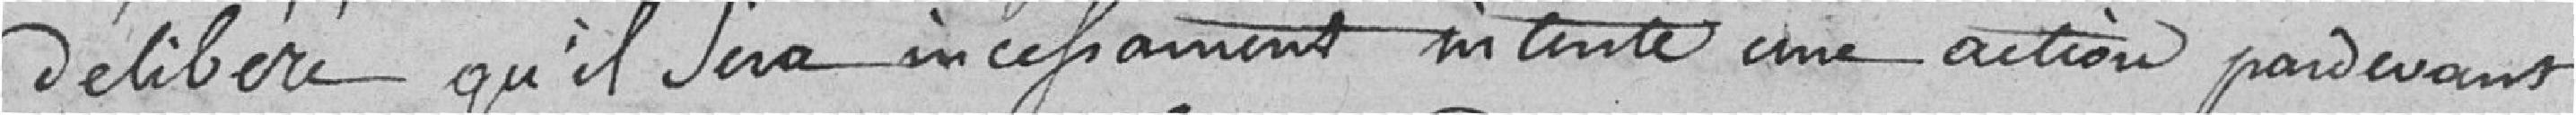
délibéré qu'il sera incessamment intenté une action par devant